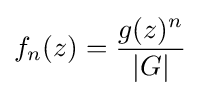
f_{n}(z)={\frac {g(z)^{n}}{|G|}}